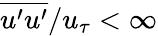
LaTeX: \overline{{u^{\prime}u^{\prime}}}/u_{\tau}<\infty